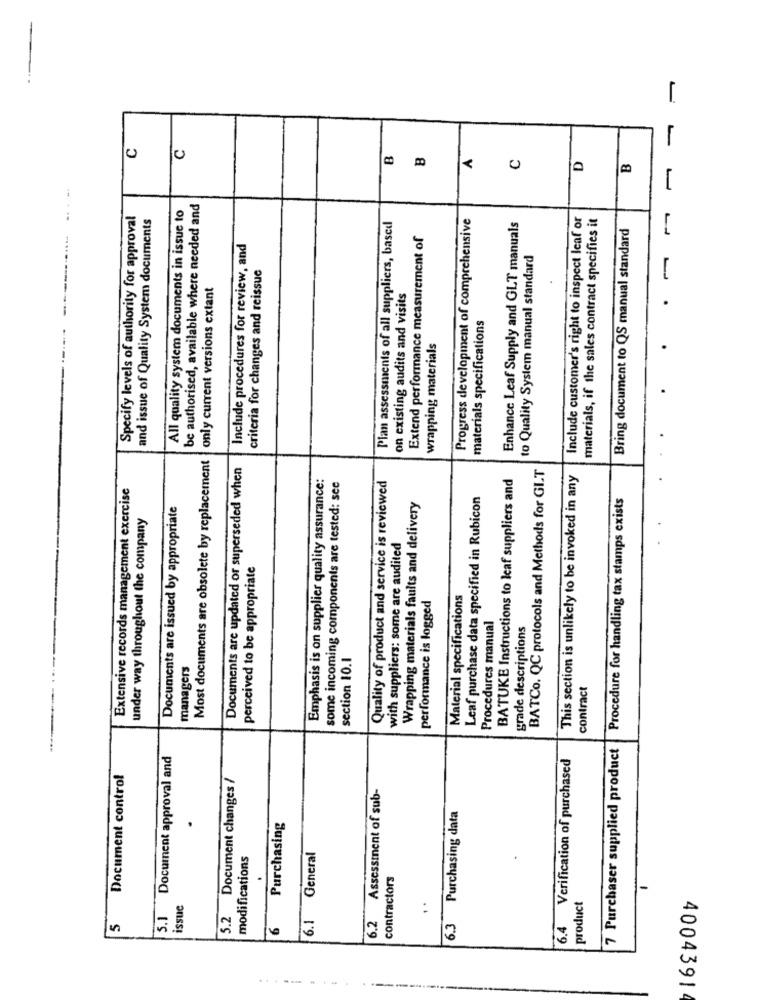
C
C
B
D
B
1
All quality system documents in issue to
be authorised, available where needed and
Specify levels of authority for approval
and issue of Quality System documents
Progress development of comprehensive
Include customer's right to inspect leaf or
materials, if the sales contract specifies it
Plan assessments of all suppliers, based
Enhance Leaf Supply and GLT manuals
Bring document to QS manual standard
Extend performance measurement of
Include procedures for review, and
to Quality System manual standard
criteria for changes and reissue
only current versions extant
on existing audits and visits
materials specifications
wrapping materials
Most documents are obsolete by replacement
Documents are updated or superseded when
BATCo. QC protocols and Methods for GIT
Emphasis is on supplier quality assurance:
BATUKE Instructions to leaf suppliers and
This section is unlikely to be invoked in any
Extensive records management exercise
some incoming components are tested: see
Quality of product and service is reviewed
Leaf purchase data specified in Rubicon
Procedure for handling tax stamps exists
Documents are issued by appropriate
Wrapping materials faults and delivery
under way throughout the company
with suppliers: some are audited
perceived to be appropriate
Material specifications
performance is logged
Procedures manual
grade descriptions
section 10.1
managers
contract
7 Purchaser supplied product
5.1 Document approval and
Verification of purchased
Document control
5.2 Document changes /
6.2 Assessment of sub-
6.3 Purchasing data
Purchasing
modifications
6.1 General
contractors
issue
product
:
5
6
4004391